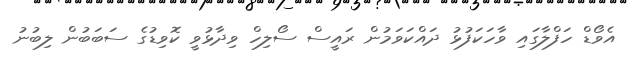
އެވޯޑް ހަފްލާގައި ވާހަކަފުޅު ދައްކަވަމުން ރައީސް ސޯލިހް ވިދާޅުވީ ކޮވިޑުގެ ސަބަބުން ލިބުނު